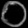
Digit: ၀